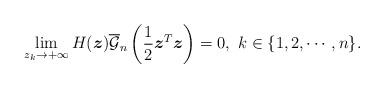
LaTeX: \begin{align*}\lim_{z_{k}\rightarrow +\infty}H(\boldsymbol{z})\overline{\mathcal{G}}_{n}\left(\frac{1}{2}\boldsymbol{z}^{T}\boldsymbol{z}\right)=0,~k\in\{1,2,\cdots,n\}.\end{align*}